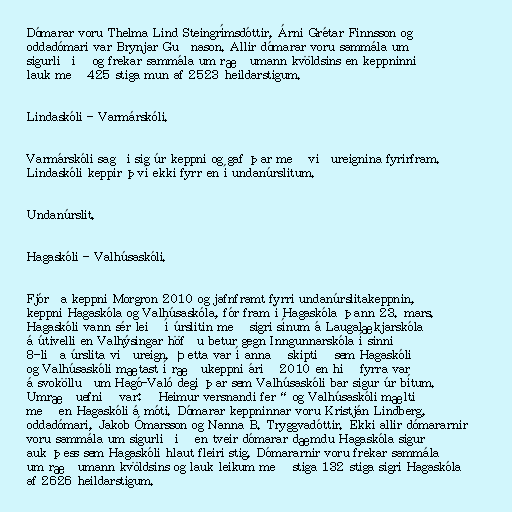
Dómarar voru Thelma Lind Steingrímsdóttir, Árni Grétar Finnsson og
oddadómari var Brynjar Guðnason. Allir dómarar voru sammála um
sigurliðið og frekar sammála um ræðumann kvöldsins en keppninni
lauk með 425 stiga mun af 2523 heildarstigum.

Lindaskóli - Varmárskóli.

Varmárskóli sagði sig úr keppni og gaf þar með viðureignina fyrirfram.
Lindaskóli keppir því ekki fyrr en í undanúrslitum.

Undanúrslit.

Hagaskóli - Valhúsaskóli.

Fjórða keppni Morgron 2010 og jafnframt fyrri undanúrslitakeppnin,
keppni Hagaskóla og Valhúsaskóla, fór fram í Hagaskóla þann 23. mars.
Hagaskóli vann sér leið í úrslitin með sigri sínum á Laugalækjarskóla
á útivelli en Valhýsingar höfðu betur gegn Inngunnarskóla í sinni
8-liða úrslita viðureign. Þetta var í annað skiptið sem Hagaskóli
og Valhúsaskóli mætast í ræðukeppni árið 2010 en hið fyrra var
á svokölluðum Hagó-Való degi þar sem Valhúsaskóli bar sigur úr bítum.
Umræðuefnið var: „Heimur versnandi fer“ og Valhúsaskóli mælti
með en Hagaskóli á móti. Dómarar keppninnar voru Kristján Lindberg,
oddadómari, Jakob Ómarsson og Nanna B. Tryggvadóttir. Ekki allir dómararnir
voru sammála um sigurliðið en tveir dómarar dæmdu Hagaskóla sigur
auk þess sem Hagaskóli hlaut fleiri stig. Dómararnir voru frekar sammála
um ræðumann kvöldsins og lauk leikum með stiga 132 stiga sigri Hagaskóla
af 2626 heildarstigum.